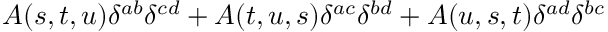
A ( s , t , u ) \delta ^ { a b } \delta ^ { c d } + A ( t , u , s ) \delta ^ { a c } \delta ^ { b d } + A ( u , s , t ) \delta ^ { a d } \delta ^ { b c }